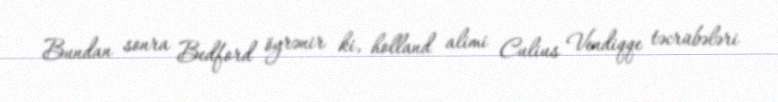
Bundan sonra Bedford öyrənir ki, holland alimi Culius Vendiqqe təcrübələri